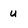
Character: u